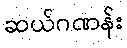
ဆယ်ဂဏန်း